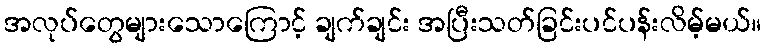
အလုပ်တွေများသောကြောင့် ချက်ချင်း အပြီးသတ်ခြင်းပင်ပန်းလိမ့်မယ်။